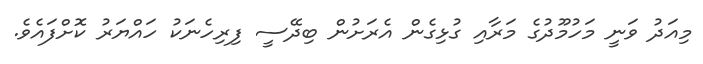
މިއަދު ވަނީ މަހުމޫދުގެ މަރާއި ގުޅިގެން އެރަށުން ބިދޭސީ ފިރިހެނަކު ހައްޔަރު ކޮށްފައެވެ.